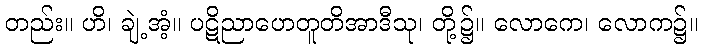
တည်း။ ဟိ၊ ချဲ့အံ့။ ပဋိညာဟေတူတိအာဒီသု၊ တို့၌။ လောကေ၊ လောက၌။